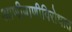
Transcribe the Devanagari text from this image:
आणीबाणीविरोधात